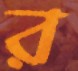
র